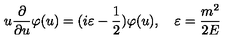
u \frac { \partial } { \partial u } \varphi ( u ) = ( i \varepsilon - \frac { 1 } { 2 } ) \varphi ( u ) , \quad \varepsilon = \frac { m ^ { 2 } } { 2 E }